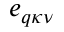
\boldsymbol { e } _ { \boldsymbol { q } \kappa \nu }